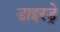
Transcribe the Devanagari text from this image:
डाइरड्रे